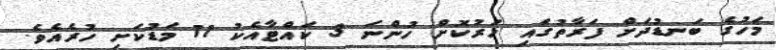
މަހުގެ ބަނޑުދަށް ފަރާތުގައި ހަރުކޮށް ހުންނަ 3 ކައްޓާއެކު 11 މަޑުކަށި ހުރެއެވެ.